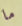
ما